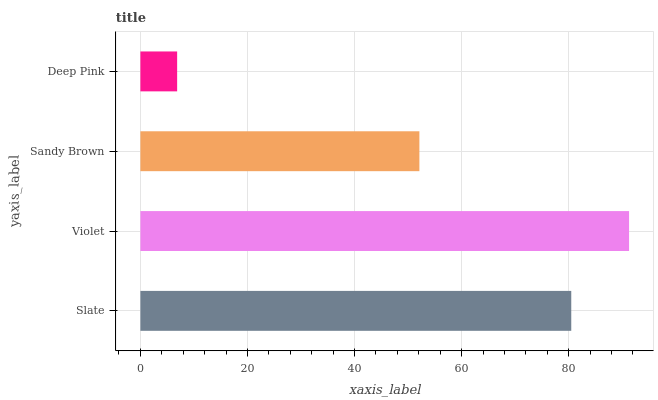
| yaxis_label | bars |
 | --- | --- |
 | Slate | 80.5 |
 | Violet | 91.3 |
 | Sandy Brown | 52.1 |
 | Deep Pink | 6.86 |